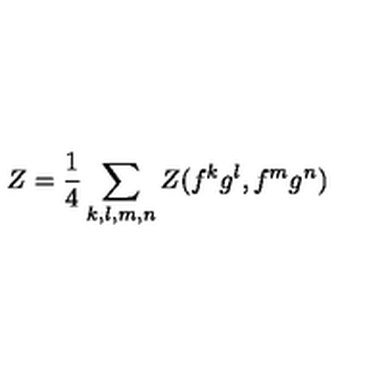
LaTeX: Z = { \frac { 1 } { 4 } } \sum _ { k , l , m , n } Z ( f ^ { k } g ^ { l } , f ^ { m } g ^ { n } )